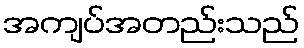
အကျပ်အတည်းသည်